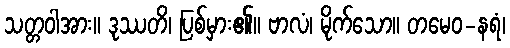
သတ္တဝါအား။ ဒုဿတိ၊ ပြစ်မှား၏။ ဗာလံ၊ မိုက်သော။ တမေဝ-နရံ၊